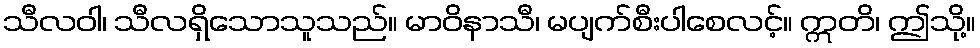
သီလဝါ၊ သီလရှိသောသူသည်။ မာဝိနာသီ၊ မပျက်စီးပါစေလင့်။ ဣတိ၊ ဤသို့။